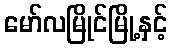
မော်လမြိုင်မြို့နှင့်